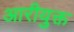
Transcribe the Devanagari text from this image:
आरीयुक्त